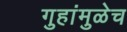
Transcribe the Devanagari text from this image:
गुहांमुळेच